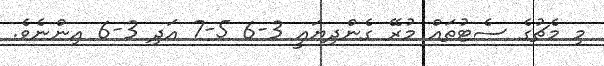
މި މެޗުގެ ސެޓުތައް މުރޭ ގެންދިޔައީ 3-6 5-7 އަދި 3-6 އިންނެވެ.